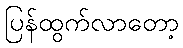
ပြန်ထွက်လာတော့